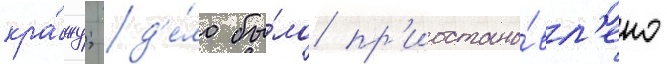
кра́жу; д'е́ло бы́ло пр'иостано́вл'ено